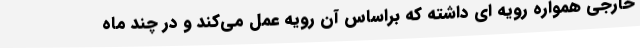
خارجی همواره رویه ای داشته که براساس آن رویه عمل می‌کند و در چند ماه